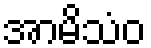
အာမိသံဝ